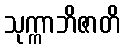
သုက္ကာဘိဇာတိ